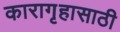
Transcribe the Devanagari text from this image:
कारागृहासाठी